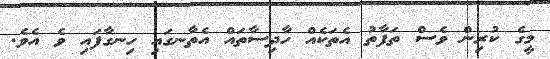
މީގެ ކުރިން ވެސް ތަފާތު އެތަކެއް ހާދިސާތައް އެތާނގައި ހިނގާފައި ވެ އެވެ.